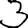
Digit: 3